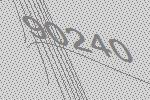
90240